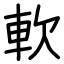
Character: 軟